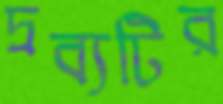
দ্রব্যটির